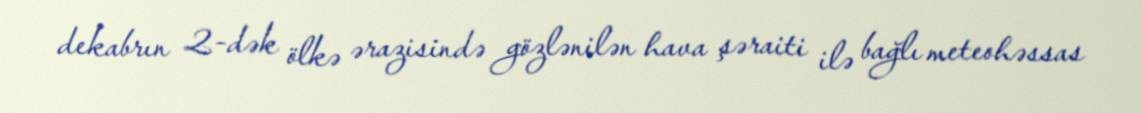
dekabrın 2-dək ölkə ərazisində gözlənilən hava şəraiti ilə bağlı meteohəssas